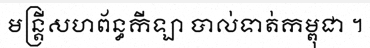
មន្ត្រីសហព័ន្ធកីឡា បាល់ទាត់កម្ពុជា ។